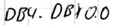
Text: DB4.DBX0.0